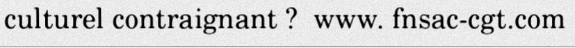
culturel contraignant ?  www. fnsac-cgt.com